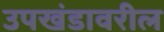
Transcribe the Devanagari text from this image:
उपखंडावरील